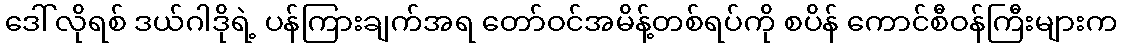
ဒေါ်လိုရစ် ဒယ်ဂါဒိုရဲ့ ပန်ကြားချက်အရ တော်ဝင်အမိန့်တစ်ရပ်ကို စပိန် ကောင်စီဝန်ကြီးများက